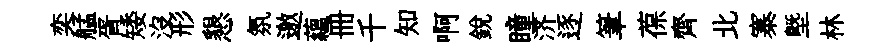
奕艋胥矮没形懇氛邀蘊册千知啊銳瞳济逐筆葆齊北寨塈林